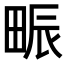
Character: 𤱼